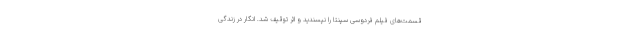
قسمت‌های فیلم فردوسی سپنتا را نپسندید و اثر توقیف شد. انگار در زندگی